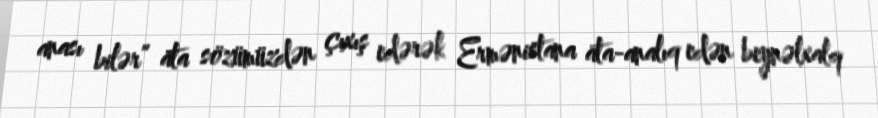
anası bilər” ata sözümüzdən çıxış edərək Ermənistana ata-analıq edən beynəlxalq